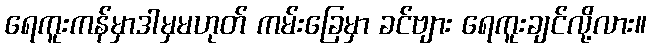
ရေကူးကန်မှာဒါမှမဟုတ် ကမ်းခြေမှာ ခင်ဗျား ရေကူးချင်လို့လား။